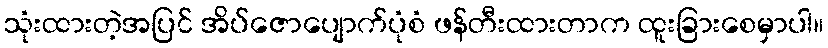
သုံးထားတဲ့အပြင် အိပ်ဇောပျောက်ပုံစံ ဖန်တီးထားတာက ထူးခြားစေမှာပါ။